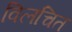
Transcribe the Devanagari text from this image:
विलचित